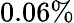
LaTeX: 0.06\%